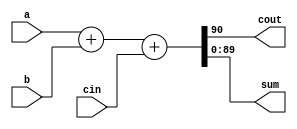
// Wrapper Design

//parameter size = 90;  /* declare a parameter. default required */

module wrapper_adder_max #(parameter size = 90)(cout, sum, a, b, cin);
output cout;
output [size-1:0] sum; 	 // sum uses the size parameter
input cin;
input [size-1:0] a, b;  // 'a' and 'b' use the size parameter

assign {cout, sum} = a + b + cin;

endmodule